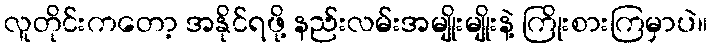
လူတိုင်းကတော့ အနိုင်ရဖို့ နည်းလမ်းအမျိုးမျိုးနဲ့ ကြိုးစားကြမှာပဲ။